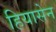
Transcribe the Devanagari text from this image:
हियासेन